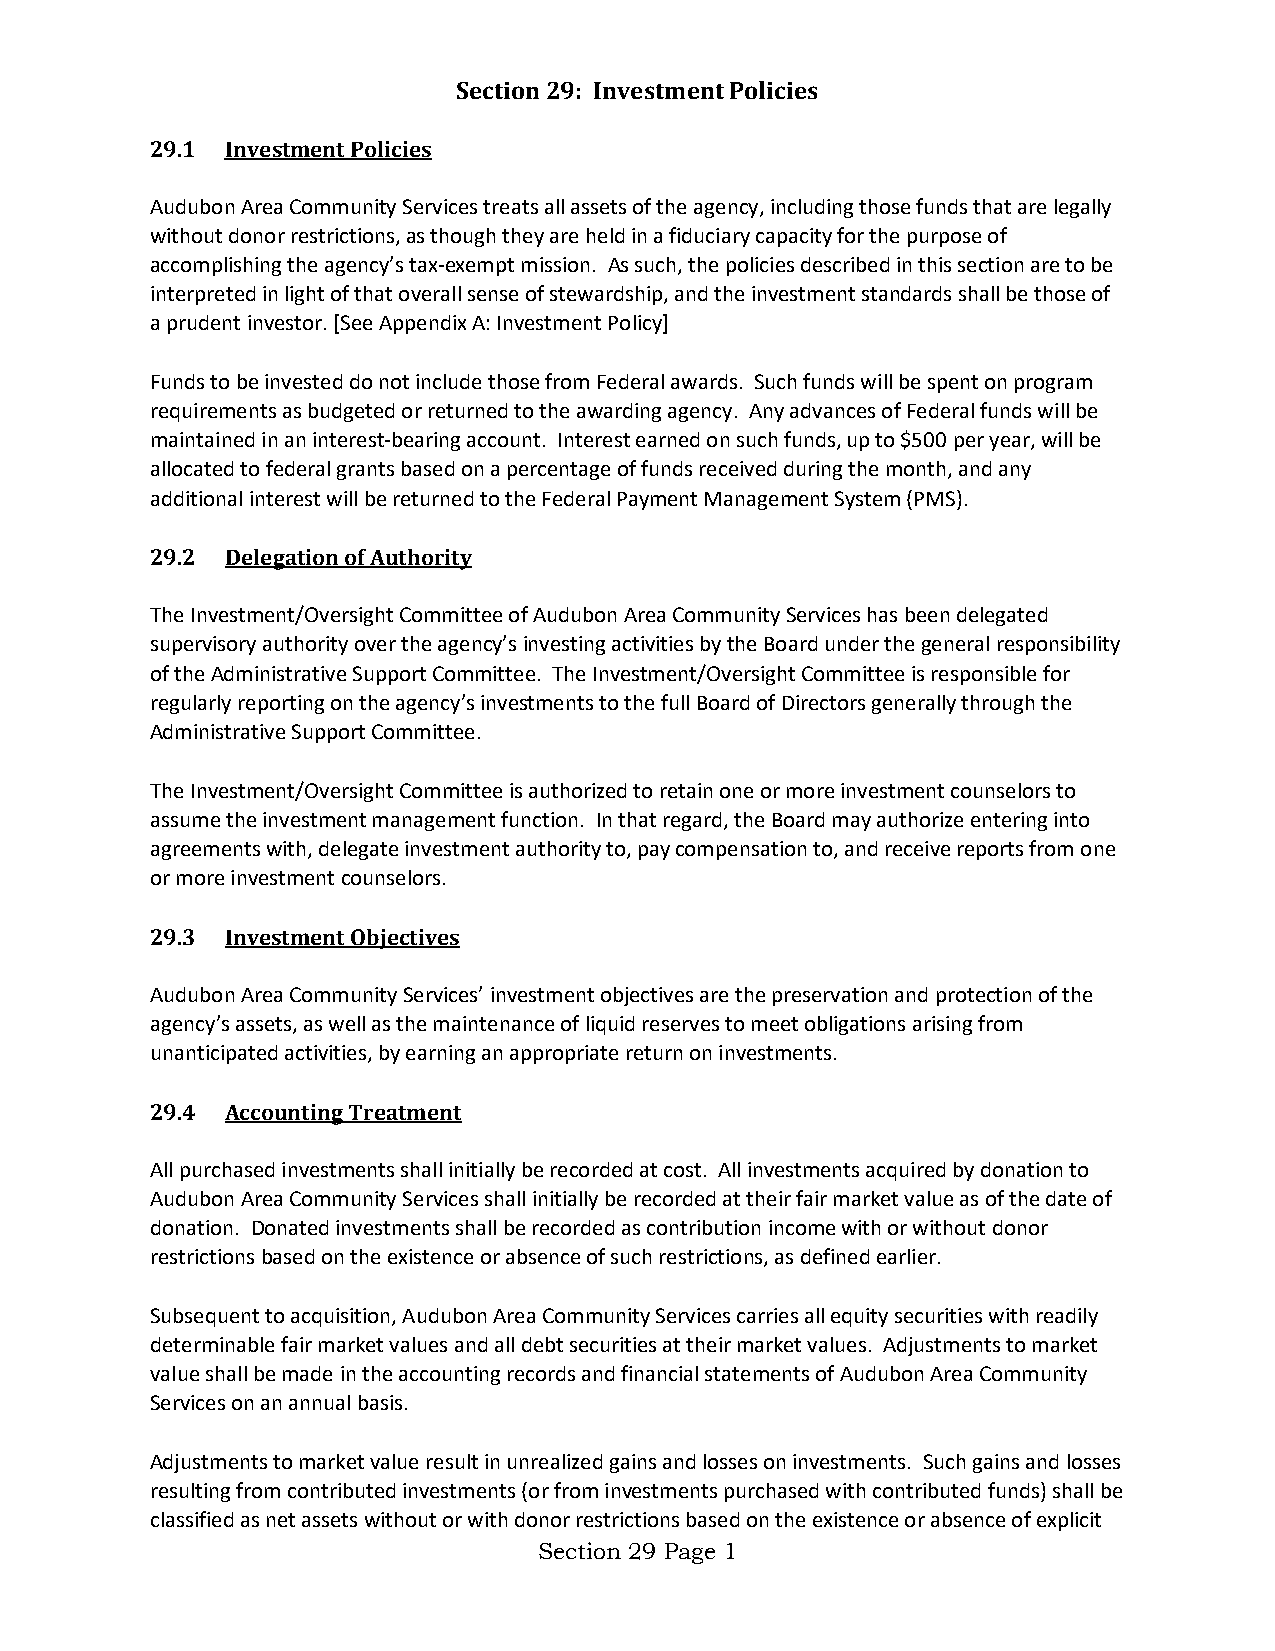
Section 29: Investment Policies
 29.1 Investment Policies
 Audubon Area Community Services treats all assets of the agency, including those funds that are legally
 without donor restrictions, as though they are held in a fiduciary capacity for the purpose of
 accomplishing the agency’s tax-exempt mission. As such, the policies described in this section are to be
 interpreted in light of that overall sense of stewardship, and the investment standards shall be those of
 a prudent investor. [See Appendix A: Investment Policy]
 Funds to be invested do not include those from Federal awards. Such funds will be spent on program
 requirements as budgeted or returned to the awarding agency. Any advances of Federal funds will be
 maintained in an interest-bearing account. Interest earned on such funds, up to $500 per year, will be
 allocated to federal grants based on a percentage of funds received during the month, and any
 additional interest will be returned to the Federal Payment Management System (PMS).
 29.2 Delegation of Authority
 The Investment/Oversight Committee of Audubon Area Community Services has been delegated
 supervisory authority over the agency’s investing activities by the Board under the general responsibility
 of the Administrative Support Committee. The Investment/Oversight Committee is responsible for
 regularly reporting on the agency’s investments to the full Board of Directors generally through the
 Administrative Support Committee.
 The Investment/Oversight Committee is authorized to retain one or more investment counselors to
 assume the investment management function. In that regard, the Board may authorize entering into
 agreements with, delegate investment authority to, pay compensation to, and receive reports from one
 or more investment counselors.
 29.3 Investment Objectives
 Audubon Area Community Services’ investment objectives are the preservation and protection of the
 agency’s assets, as well as the maintenance of liquid reserves to meet obligations arising from
 unanticipated activities, by earning an appropriate return on investments.
 29.4 Accounting Treatment
 All purchased investments shall initially be recorded at cost. All investments acquired by donation to
 Audubon Area Community Services shall initially be recorded at their fair market value as of the date of
 donation. Donated investments shall be recorded as contribution income with or without donor
 restrictions based on the existence or absence of such restrictions, as defined earlier.
 Subsequent to acquisition, Audubon Area Community Services carries all equity securities with readily
 determinable fair market values and all debt securities at their market values. Adjustments to market
 value shall be made in the accounting records and financial statements of Audubon Area Community
 Services on an annual basis.
 Adjustments to market value result in unrealized gains and losses on investments. Such gains and losses
 resulting from contributed investments (or from investments purchased with contributed funds) shall be
 classified as net assets without or with donor restrictions based on the existence or absence of explicit
 Section 29 Page 1